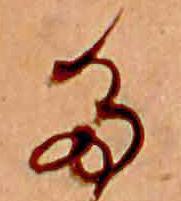
た